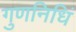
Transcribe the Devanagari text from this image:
गुणनिधिं